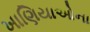
ખાણિયાઓના